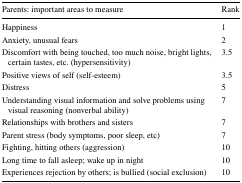
| Parents: important areas to measure | Rank |
 | --- | --- |
 | Happiness | 1 |
 | Anxiety, unusual fears | 2 |
 | Discomfort with being touched, too much noise, bright lights, certain tastes, etc. (hypersensitivity) | 3.5 |
 | Positive views of self (self-esteem) | 3.5 |
 | Distress | 5 |
 | Understanding visual information and solve problems using visual reasoning (nonverbal ability) | 7 |
 | Relationships with brothers and sisters | 7 |
 | Parent stress (body symptoms, poor sleep, etc) | 7 |
 | Fighting, hitting others (aggression) | 10 |
 | Long time to fall asleep; wake up in night | 10 |
 | Experiences rejection by others; is bullied (social exclusion) | 10 |